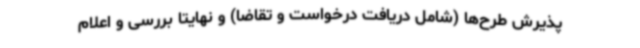
پذیرش طرح‌ها (شامل دریافت درخواست و تقاضا) و نهایتاً بررسی و اعلام